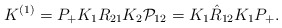
\begin{align*}K^{(1)} = P_{+} K_{1} R_{21} K_{2}{\cal P}_{12}=K_{1} \hat{R}_{12} K_{1} P_{+}.\end{align*}